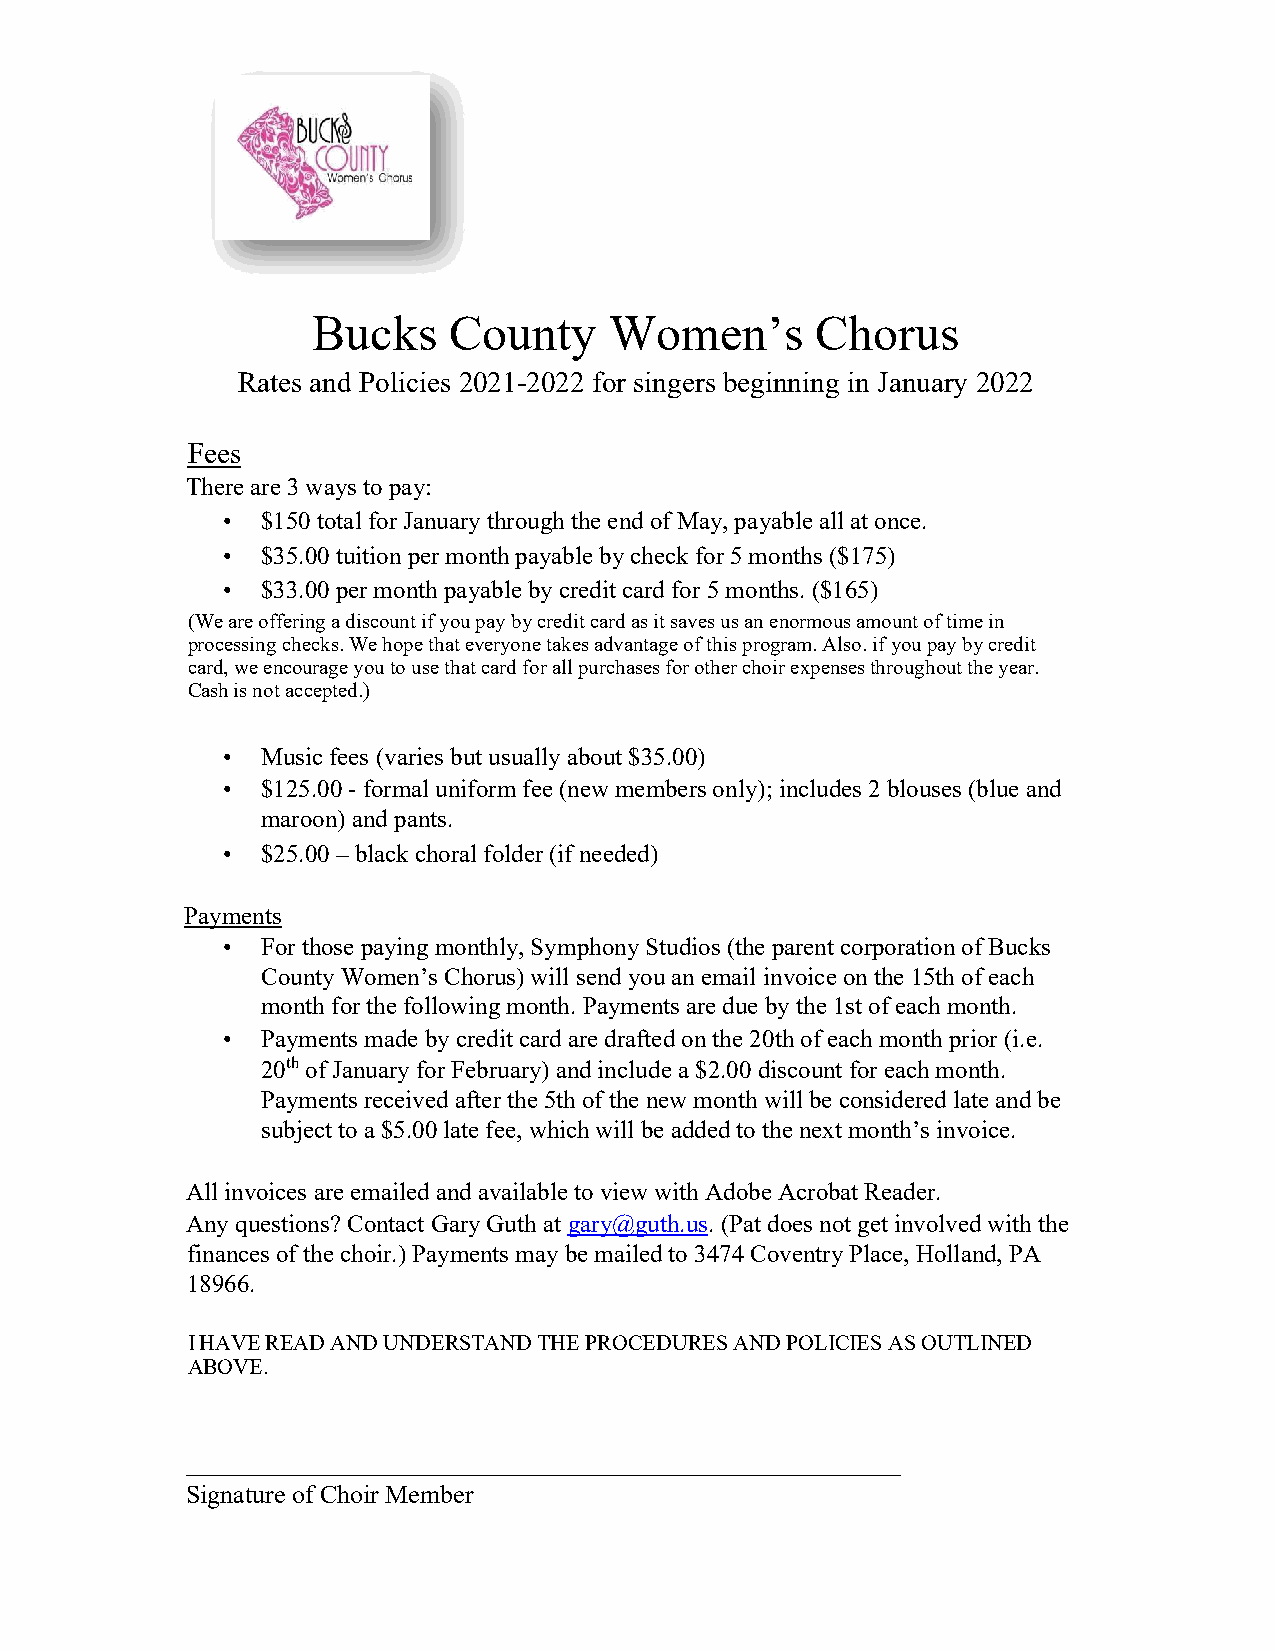
Bucks    County    Women’s       Chorus
 Rates and Policies 2021-2022 for singers beginning in January 2022
 Fees
 There are 3 ways to pay:
 • $150 total for January through the end of May, payable all at once.
 • $35.00 tuition per month payable by check for 5 months ($175)
 • $33.00 per month payable by credit card for 5 months. ($165)
 (We are offering a discount if you pay by credit card as it saves us an enormous amount of time in
 processing checks. We hope that everyone takes advantage of this program. Also. if you pay by credit
 card, we encourage you to use that card for all purchases for other choir expenses throughout the year.
 Cash is not accepted.)
 • Music fees (varies but usually about $35.00)
 • $125.00 - formal uniform fee (new members only); includes 2 blouses (blue and
 maroon) and pants.
 • $25.00 – black choral folder (if needed)
 Payments
 • For those paying monthly, Symphony Studios (the parent corporation of Bucks
 County Women’s Chorus) will send you an email invoice on the 15th of each
 month for the following month. Payments are due by the 1st of each month.
 • Payments made by credit card are drafted on the 20th of each month prior (i.e.
 20th of January for February) and include a $2.00 discount for each month.
 Payments received after the 5th of the new month will be considered late and be
 subject to a $5.00 late fee, which will be added to the next month’s invoice.
 All invoices are emailed and available to view with Adobe Acrobat Reader.
 Any questions? Contact Gary Guth at gary@guth.us. (Pat does not get involved with the
 finances of the choir.) Payments may be mailed to 3474 Coventry Place, Holland, PA
 18966.
 I HAVE READ AND UNDERSTAND THE PROCEDURES AND POLICIES AS OUTLINED
 ABOVE.
 _______________________________________________________
 Signature of Choir Member